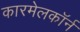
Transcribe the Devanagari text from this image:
कारमेलकॉर्न